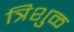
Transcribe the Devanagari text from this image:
त्रिशुळ